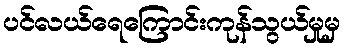
ပင်လယ်ရေကြောင်းကုန်သွယ်မှုမှ